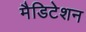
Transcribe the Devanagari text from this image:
मैडिटेशन